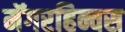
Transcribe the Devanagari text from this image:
मॅगरहिन्चस